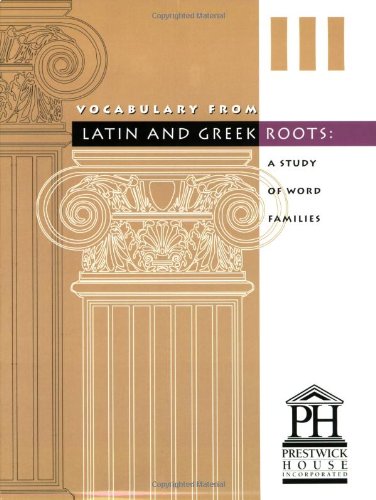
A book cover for Vocabulary from Latin and Greek Roots III; Prestwick House; Teen & Young Adult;